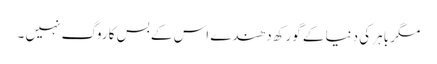
مگر باہر کی دنیا کے گورکھ دھندے اس کے بس کا روگ نہیں ۔